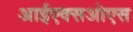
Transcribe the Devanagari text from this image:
आईएक्सओएस